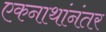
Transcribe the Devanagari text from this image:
एकनाथांनंतर